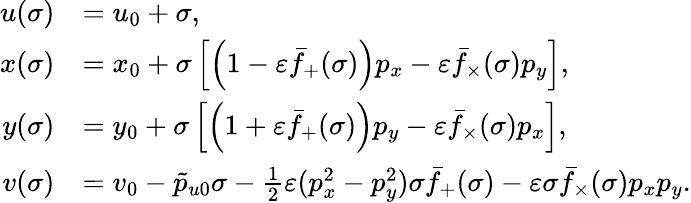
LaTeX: \begin{array}{rl}{u(\sigma)}&{=u_{0}+\sigma,}\\ {x(\sigma)}&{=x_{0}+\sigma\left[\left(1-\varepsilon\bar{f}_{+}(\sigma)\right)p_{x}-\varepsilon\bar{f}_{\times}(\sigma)p_{y}\right],}\\ {y(\sigma)}&{=y_{0}+\sigma\left[\left(1+\varepsilon\bar{f}_{+}(\sigma)\right)p_{y}-\varepsilon\bar{f}_{\times}(\sigma)p_{x}\right],}\\ {v(\sigma)}&{=v_{0}-\tilde{p}_{u0}\sigma-\frac{1}{2}\varepsilon(p_{x}^{2}-p_{y}^{2})\sigma\bar{f}_{+}(\sigma)-\varepsilon\sigma\bar{f}_{\times}(\sigma)p_{x}p_{y}.}\end{array}